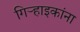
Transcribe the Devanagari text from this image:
गिऱ्हाइकांना